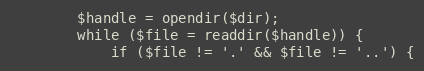
Language: PHP
        $handle = opendir($dir);
        while ($file = readdir($handle)) {
            if ($file != '.' && $file != '..') {